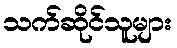
သက်ဆိုင်သူများ